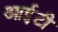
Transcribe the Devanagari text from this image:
आई़़टी